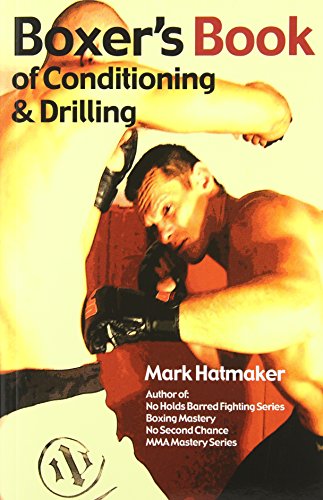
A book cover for Boxer's Book of Conditioning & Drilling; Mark Hatmaker; Sports & Outdoors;